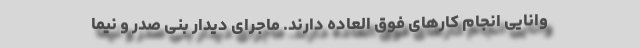
وانایی انجام کار‌های فوق العاده دارند. ماجرای دیدار بنی صدر و نیما